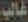
غالب